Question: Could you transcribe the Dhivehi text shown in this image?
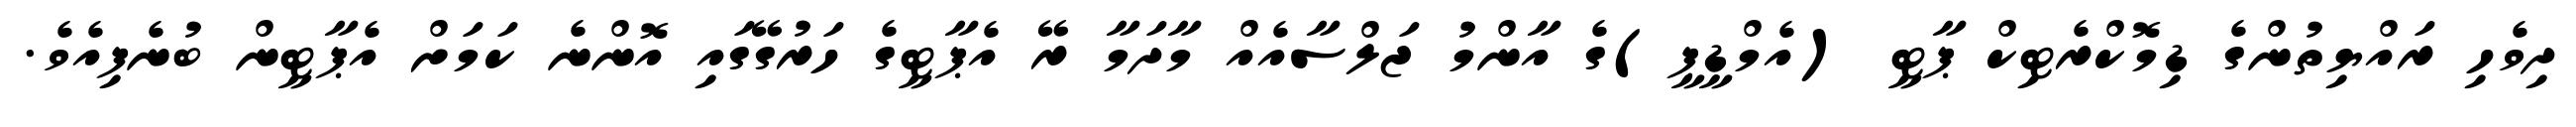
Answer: ދިވެހި ރައްޔިތުންގެ ޑިމޮކްރެޓިކް ޕާޓީ (އެމްޑީޕީ)ގެ އާންމު ޖަލްސާއެއް މާދަމާ ރޭ އެޕާޓީގެ ހަރުގޭގައި އޮންނެ ކަމަށް އެޕާޓީން ބުނެފިއެވެ.